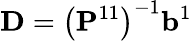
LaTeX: \mathbf{D}=\left(\mathbf{P}^{11}\right)^{-1}\mathbf{b}^{1}